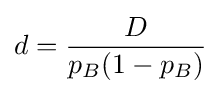
d={\frac {D}{p_{B}(1-p_{B})}}